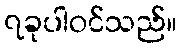
၇ခုပါဝင်သည်။